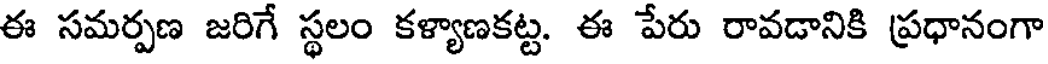
ఈ సమర్పణ జరిగే స్థలం కళ్యాణకట్ట. ఈ పేరు రావడానికి ప్రధానంగా